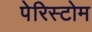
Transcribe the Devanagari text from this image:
पेरिस्टोम